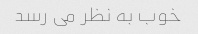
خوب به نظر می رسد